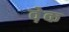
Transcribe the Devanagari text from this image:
व़ेक